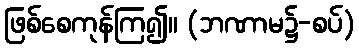
ဖြစ်စေကုန်ကြ၍။ (ဘဏာမ၌-စပ်)